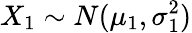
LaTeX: X_{1}\sim N(\mu_{1},\sigma_{1}^{2})